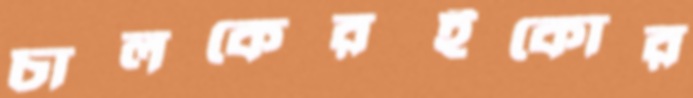
চালকেরইকোর